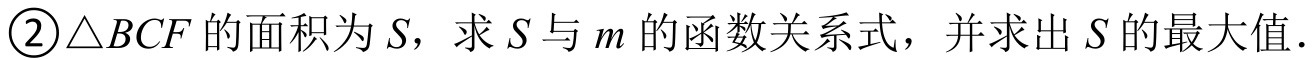
\textcircled{2}\(\triangle BCF\)的面积为\(S\)，求\(S\)与\(m\)的函数关系式，并求出\(S\)的最大值.